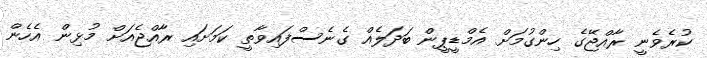
ކުރެވެނީ ރާއްޖޭގެ ހިންގުމަށް އެމްޑީޕީން ބަދަލެއް ގެނެސްފައިވާތީ ކަމަށައި ރާއްޖެއަށް މުޅިން އެހެން